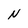
Character: N